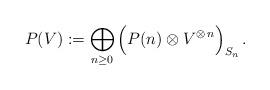
LaTeX: \begin{align*}P(V) : = \bigoplus_{n \ge 0} \Big( P(n) \otimes V^{\otimes \, n} \Big)_{S_n}\,.\end{align*}